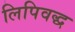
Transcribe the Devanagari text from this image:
लिपिवद्ध